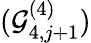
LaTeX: (\mathcal{G}_{4,j+1}^{(4)})